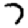
Digit: 7